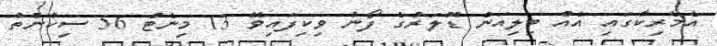
އެމެރިކާގައި އެއް ބިލިއަން ޑޮލަރުގެ ފޯނު ވިކިފައިވޭ 13 މިނެޓް 56 ސިކުންތު